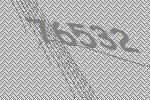
76532